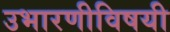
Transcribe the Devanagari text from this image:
उभारणीविषयी